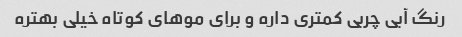
رنگ آبی چربی کمتری داره و برای موهای کوتاه خیلی بهتره